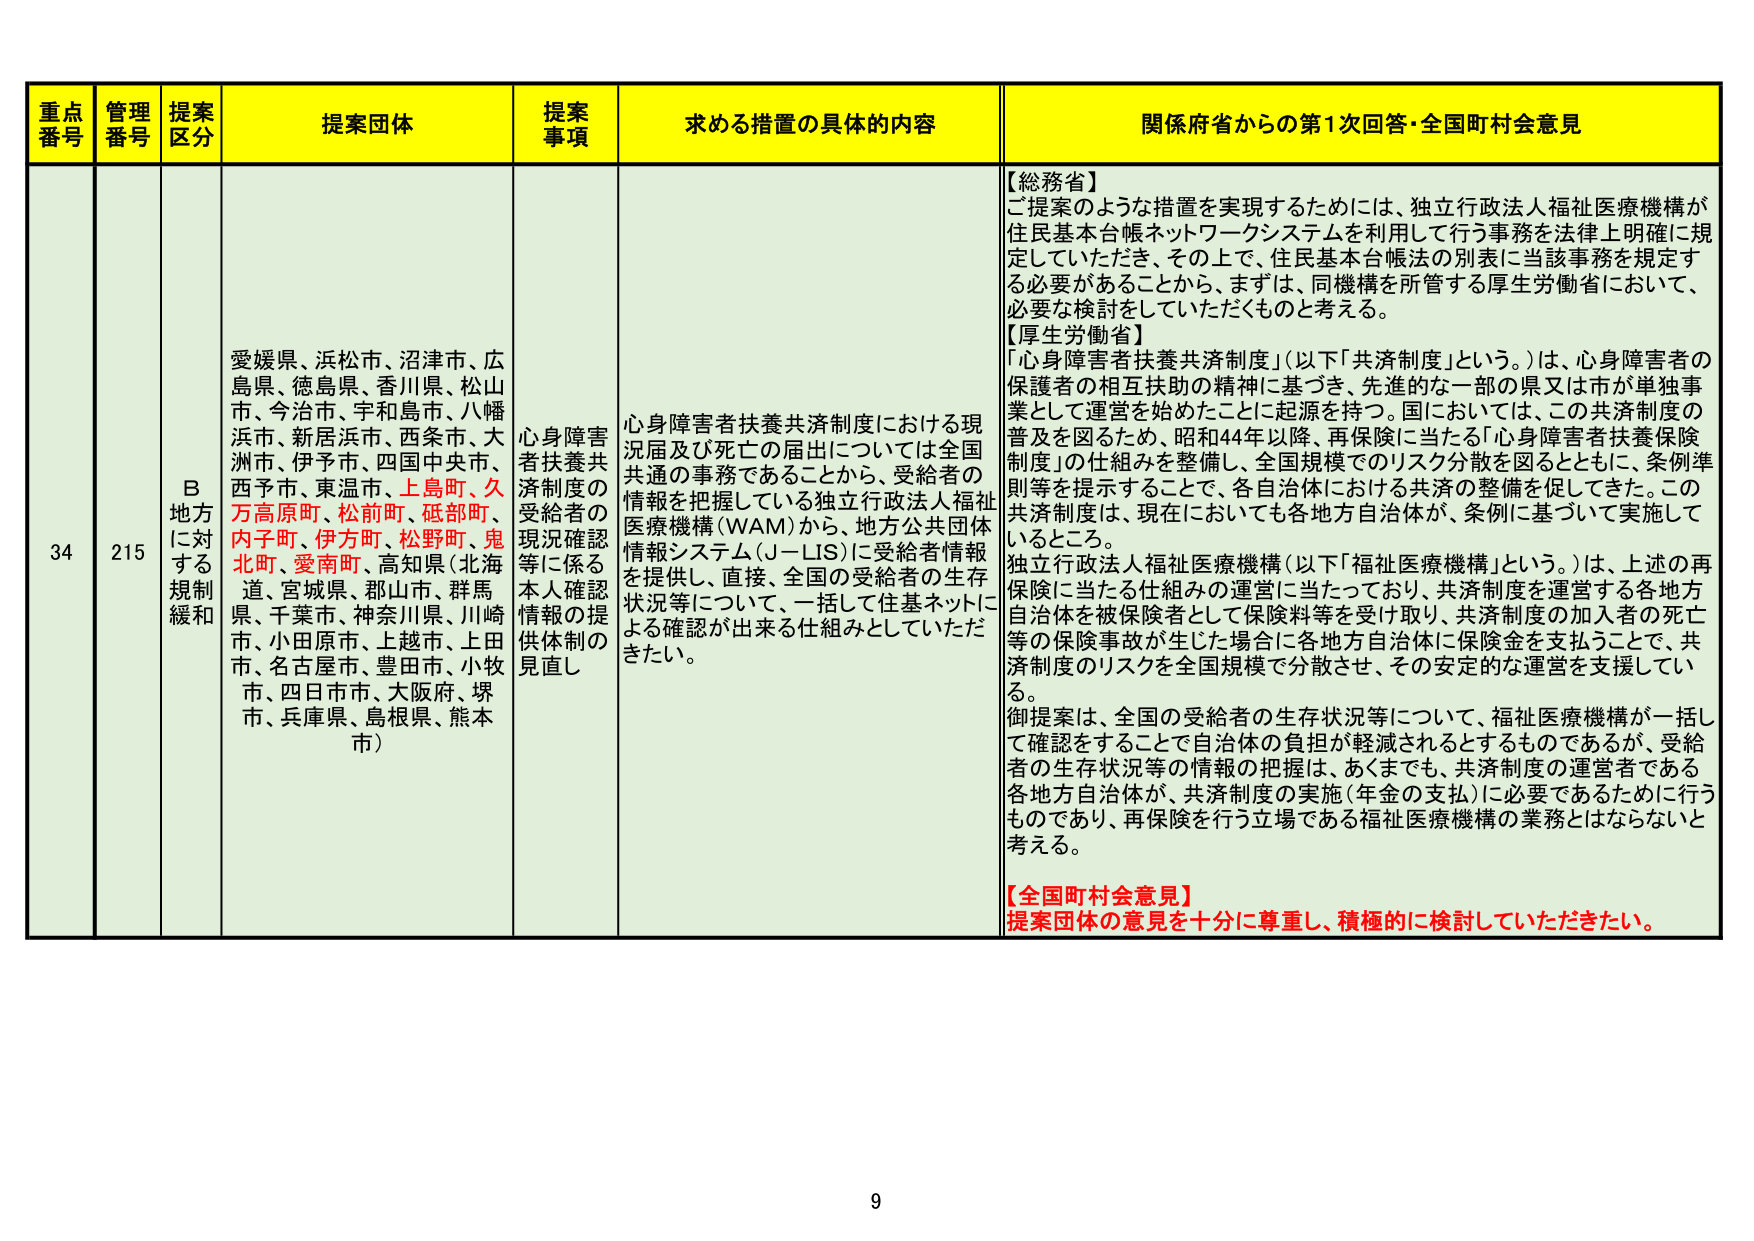
重点番号 管理番号 提案区分 提案団体 提案事項 求める措置の具体的な内容 関係府省からの第1次回答・全国町村会意見
34 215 B 地方に対する規制緩和 愛媛県、浜松市、沼津市、広島県、徳島県、香川県、松山市、今治市、宇和島市、八幡浜市、新居浜市、西条市、大洲市、伊予市、四国中央市、西予市、東温市、上島町、久万高原町、松前町、砥部町、内子町、伊方町、松野町、鬼北町、愛南町、高知県（北海道、宮城県、郡山市、群馬県、千葉市、神奈川県、川崎市、小田原市、上越市、上田市、名古屋市、豊田市、小牧市、四日市市、大阪府、堺市、兵庫県、島根県、熊本市） 心身障害者扶養共済制度の受給者の現況確認等に係る本人確認情報の提供体制の見直し 心身障害者扶養共済制度における現況届及び死亡の届出については全国共通の事務であることから、受給者の情報を把握している独立行政法人福祉医療機構（WAM）から、地方公共団体情報システム（J-LIS）に受給者情報を提供し、直接、全国の受給者の生存状況等について、一括して住基ネットによる確認が出来る仕組みとしていただきたい。 【総務省】ご提案のような措置を実現するためには、独立行政法人福祉医療機構が住民基本台帳ネットワークシステムを利用して行う事務を法律上明確に規定していただき、その上で、住民基本台帳法の別表に当該事務を規定する必要があることから、まずは、同機構を所管する厚生労働省において、必要な検討をしていただくものと考える。【厚生労働省】「心身障害者扶養共済制度」（以下「共済制度」という。）は、心身障害者の保護者の相互扶助の精神に基づき、先進的な一部の県又は市が単独事業として運営を始めたことに起源を持つ。国においては、この共済制度の普及を図るため、昭和44年以降、再保険に当たる「心身障害者扶養保険制度」の仕組みを整備し、全国規模でのリスク分散を図るとともに、条例準則等を提示することで、各自治体における共済の整備を促してきた。この共済制度は、現在においても各地方自治体が、条例に基づいて実施しているところ。独立行政法人福祉医療機構（以下「福祉医療機構」という。）は、上述の再保険に当たる仕組みの運営に当たっており、共済制度を運営する各地方自治体を被保険者として保険料等を受け取り、共済制度の加入者の死亡等の保険事故が生じた場合に各地方自治体に保険金を支払うことで、共済制度のリスクを全国規模で分散させ、その安定的な運営を支援している。御提案は、全国の受給者の生存状況等について、福祉医療機構が一括して確認することで自治体の負担が軽減されるとするものであるが、受給者の生存状況等の情報の把握は、あくまでも、共済制度の運営者である各地方自治体が、共済制度の実施（年金の支払）に必要であるために行うものであり、再保険を行う立場である福祉医療機構の業務とはならないと考える。【全国町村会意見】提案団体の意見を十分に尊重し、積極的に検討していただきたい。 9